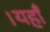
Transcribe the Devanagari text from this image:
।यहाँ